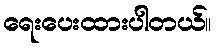
ရေးပေးထားပါတယ်။